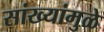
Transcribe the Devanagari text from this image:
सांख्यांमुळे